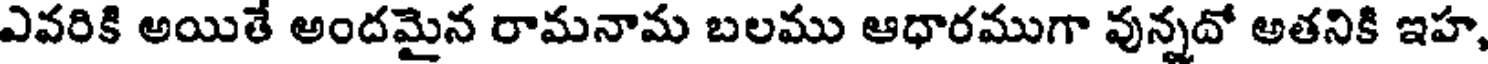
ఎవరికి అయితే అందమైన రామనామ బలము ఆధారముగా వున్నదో అతనికి ఇహ,